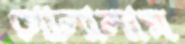
গোলালাম